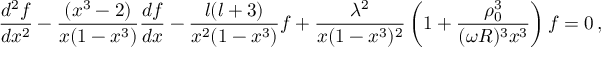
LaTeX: \frac { d ^ { 2 } f } { d x ^ { 2 } } - \frac { ( x ^ { 3 } - 2 ) } { x ( 1 - x ^ { 3 } ) } \frac { d f } { d x } - \frac { l ( l + 3 ) } { x ^ { 2 } ( 1 - x ^ { 3 } ) } f + \frac { \lambda ^ { 2 } } { x ( 1 - x ^ { 3 } ) ^ { 2 } } \left( 1 + \frac { \rho _ { 0 } ^ { 3 } } { ( \omega R ) ^ { 3 } x ^ { 3 } } \right) f = 0 \, ,